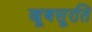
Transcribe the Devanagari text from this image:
खूबसूरति